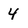
Character: 4